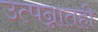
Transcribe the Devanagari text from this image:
उत्पन्नातही